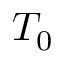
T _ { 0 }